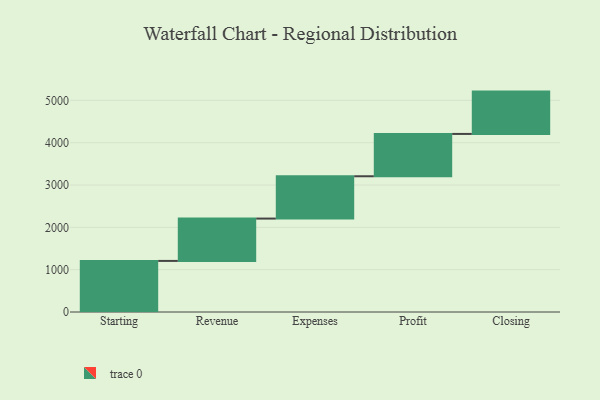
{"axis": {"x": "Step", "y": "Value"}, "legend": [""], "data": [{"x": "Starting", "y": 1207.0, "type": ""}, {"x": "Revenue", "y": 1000, "type": ""}, {"x": "Expenses", "y": 1000, "type": ""}, {"x": "Profit", "y": 1000, "type": ""}, {"x": "Closing", "y": 1000, "type": ""}]}